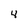
Character: 4